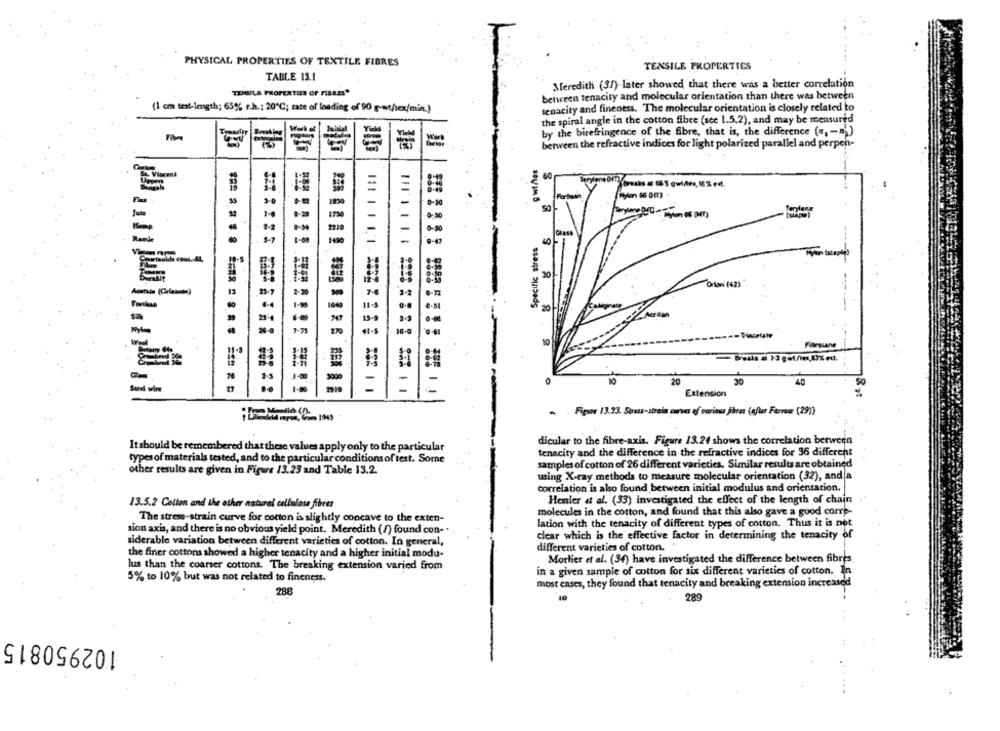
PHYSICAL PROPERTIES OF TEXTILE. FIBRES
TENSILE PROPERTIES
TABLE 13.1
Meredith (31) later showed that there was a better correlation
TEPSILS PROPERTIES OF FIBRES*
between tenacity and molecular orientation than there was between
(1 cm test-length; 65% r.h .; 20℃; rate of loading of 90 g-wt/tex/min.)
tenacity and fineness. The molecular orientation is closely related to
the spiral angle in the cotton fibre [sce 1.5.2), and may be measured
by the birefringence of the fibre, that is, the difference (", - )
between the refractive indices for light polarized parallel and perpen-
60
Fartsin
Ramie
Specific stress
40
20
Orton (42)*
mais (Grande)
-
20
----
Fibrelane
10
20
20
40
Extension
Fipav 13.23. Stress-sirein curves of various fibres (efter Ferveur (29)
dicular to the fibre-axis. Figure 13.24 shows the correlation between
It should be remembered that these values apply only to the particular
tenacity and the difference in the refractive indices for 36 different
types of materials tested, and to the particular conditions of test. Some
samples of cotton of 26 different varieties. Similar results are obtained
other results are given in Figure 13.23 and Table 13.2.
using X-ray methods to measure molecular orientation (32), and a
correlation is also found between initial modulus and orientation.
13.5.2 Colton and the other natural cellulose fibres
Henler at al. (33) investigated the effect of the length of chain
molecules in the cotton, and found that this also gave a good corre-
The stress-strain curve for cotton is slightly concave to the exten-
lation with the tenacity of different types of cotton. Thus it is not
sion axis, and there is no obvious yield point. Meredith (/) found con-
clear which is the effective factor in determining the tenacity of
siderable variation between different varieties of cotton. In general,
different varieties of cotton.
the finer cottons showed a higher tenacity and a higher initial modu-
Morlier et al. (34) have investigated the difference between fibres
lus than the coarser cottons. The breaking extension varied from
in a given sample of cotton for six different varieties of cotton. In
5% to 10% but was not related to fineness.
most cases, they found that tenacity and breaking extension increased
288
10
289
102950815
.....